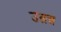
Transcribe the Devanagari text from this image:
उत्नन्न